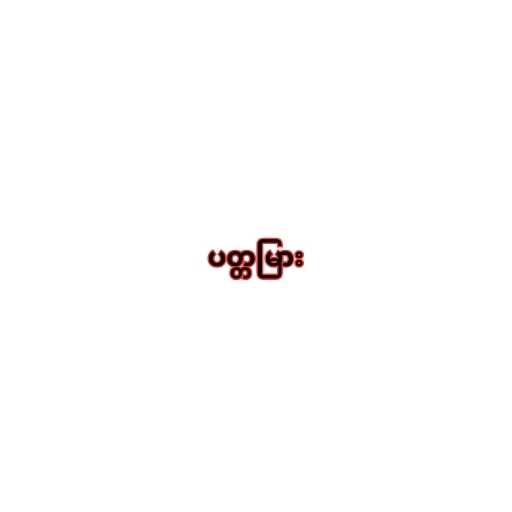
ပတ္တမြား